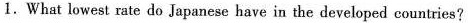
1.What lowest rate do Japanese have in the developed countries?